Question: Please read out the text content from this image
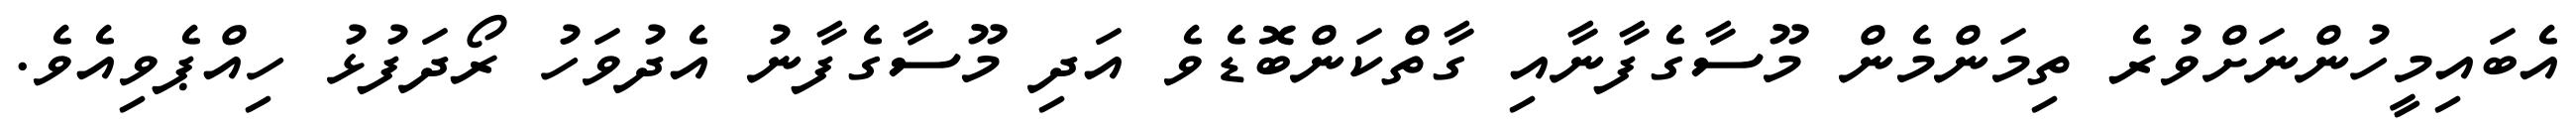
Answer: އެބައިމީހުންނަށްވުރެ ތިމަންމެން މޫސާގެފާނާއި ގާތްކަންބޮޑެވެ އަދި މޫސާގެފާނު އެދުވަހު ރޯދަފުޅު ހިއްޕެވިއެވެ.